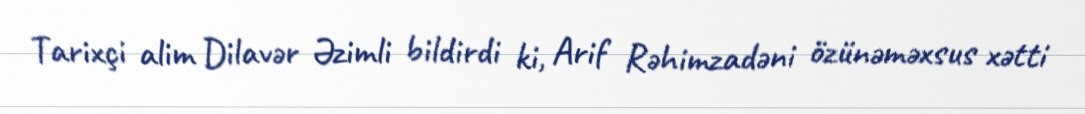
Tarixçi alim Dilavər Əzimli bildirdi ki, Arif Rəhimzadəni özünəməxsus xətti